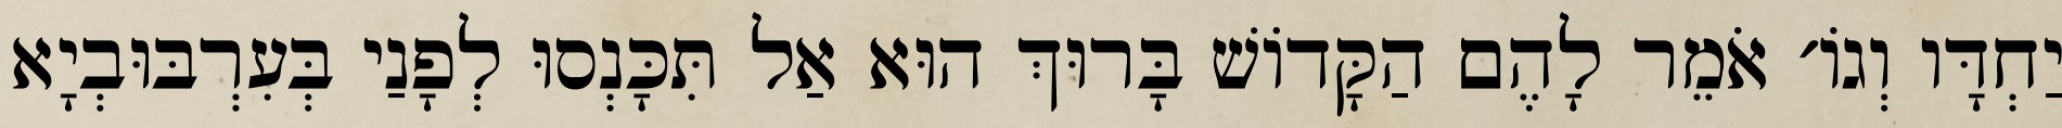
יַחְדָּו וְגוֹ׳ אֹמֵר לָהֶם הַקָּדוֹשׁ בָּרוּךְ הוּא אַל תִּכָּנְסוּ לְפָנַי בְּעִרְבּוּבְיָא